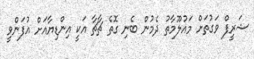
ޝަރީފް ވަގުތަށް މައުލޫމާތު ދެމުން ބެނި ގޮތެ ޗާޗާ އަކީ އިންޑިޔާއަށް އުފަންވީ